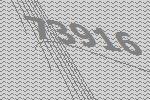
73916